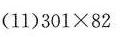
(11)$$3 0 1 \times 8 2$$